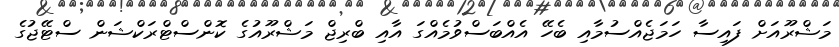
މަޝްރޫއަށް ފައިސާ ހަމަޖެއްސުމާއި ބެހޭ އެއްބަސްވުމެއްގަ އާއި ބްރިޖް މަޝްރޫއުގެ ކޮންސްޓްރަކްޝަން ސްޓޭޖުގެ